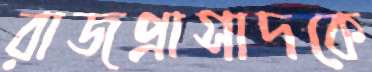
রাজপ্রাসাদকে